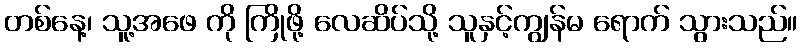
တစ်နေ့၊ သူ့အဖေ ကို ကြိုဖို့ လေဆိပ်သို့ သူနှင့်ကျွန်မ ရောက် သွားသည်။